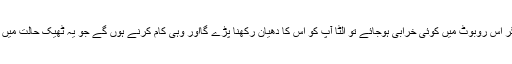
دوسرے لفظوں میں اگر اس روبوٹ میں کوئی خرابی ہوجائے تو الٹا آپ کو اس کا دھیان رکھنا پڑے گااور وہی کام کرنے ہوں گے جو یہ ٹھیک حالت میں آپ کے لیے کرتا تھا۔